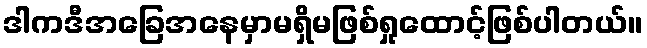
ဒါကဒီအခြေအနေမှာမရှိမဖြစ်ရှုထောင့်ဖြစ်ပါတယ်။